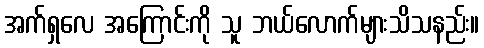
အက်ရှလေ အကြောင်းကို သူ ဘယ်လောက်များသိသနည်း။